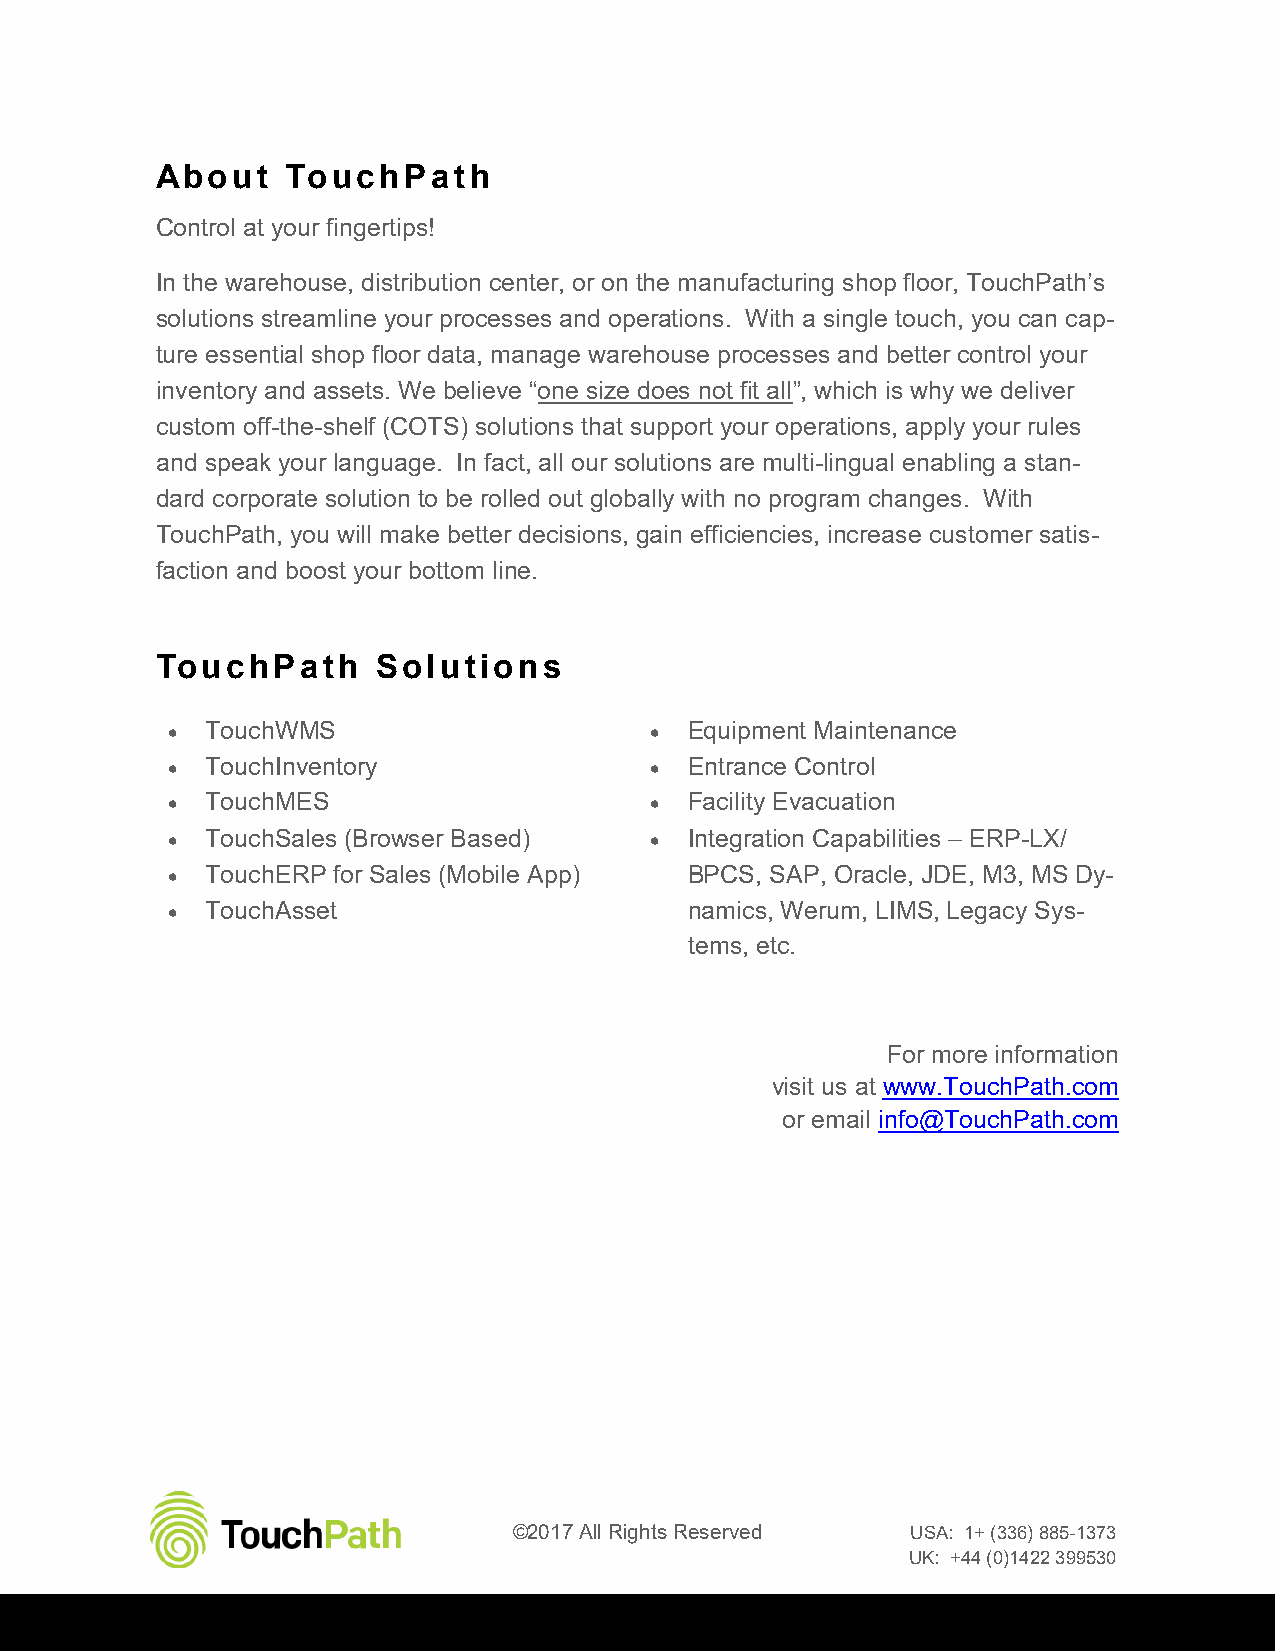
About    TouchPath
 Control at your fingertips!
 In the warehouse, distribution center, or on the manufacturing shop floor, TouchPath’s
 solutions streamline your processes and operations. With a single touch, you can cap-
 ture essential shop floor data, manage warehouse processes and better control your
 inventory and assets. We believe “one size does not fit all”, which is why we deliver
 custom off-the-shelf (COTS) solutions that support your operations, apply your rules
 and speak your language. In fact, all our solutions are multi-lingual enabling a stan-
 dard corporate solution to be rolled out globally with no program changes. With
 TouchPath, you will make better decisions, gain efficiencies, increase customer satis-
 faction and boost your bottom line.
 TouchPath      Solutions
   TouchWMS                       Equipment Maintenance
   TouchInventory                 Entrance Control
   TouchMES                       Facility Evacuation
   TouchSales (Browser Based)     Integration Capabilities – ERP-LX/
   TouchERP for Sales (Mobile App) BPCS, SAP, Oracle, JDE, M3, MS Dy-
   TouchAsset                      namics, Werum, LIMS, Legacy Sys-
 tems, etc.
 For more information
 visit us at www.TouchPath.com
 or email info@TouchPath.com
 ©2017 All Rights Reserved USA: 1+ (336) 885-1373
 UK: +44 (0)1422 399530